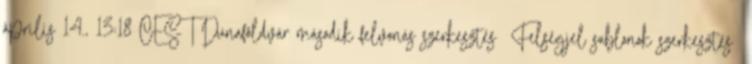
április 14., 13:18 CEST Dunaföldvár második felvonás szerkesztés Felségjel sablonok szerkesztés